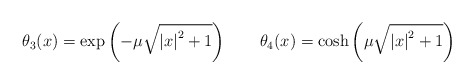
\begin{align*} \theta_3(x)=\exp\left(-\mu\sqrt{\left|x\right|^2+1}\right)\quad\quad\theta_4(x)=\cosh\left(\mu\sqrt{\left|x\right|^2+1}\right)\end{align*}